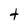
Character: t